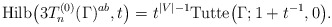
\begin{gather*}{\rm Hilb}\big(3T_n^{(0)}(\Gamma)^{ab},t\big)= t^{|V|-1} {\rm Tutte}\big(\Gamma;1+t^{-1},0\big).\end{gather*}